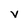
Character: V